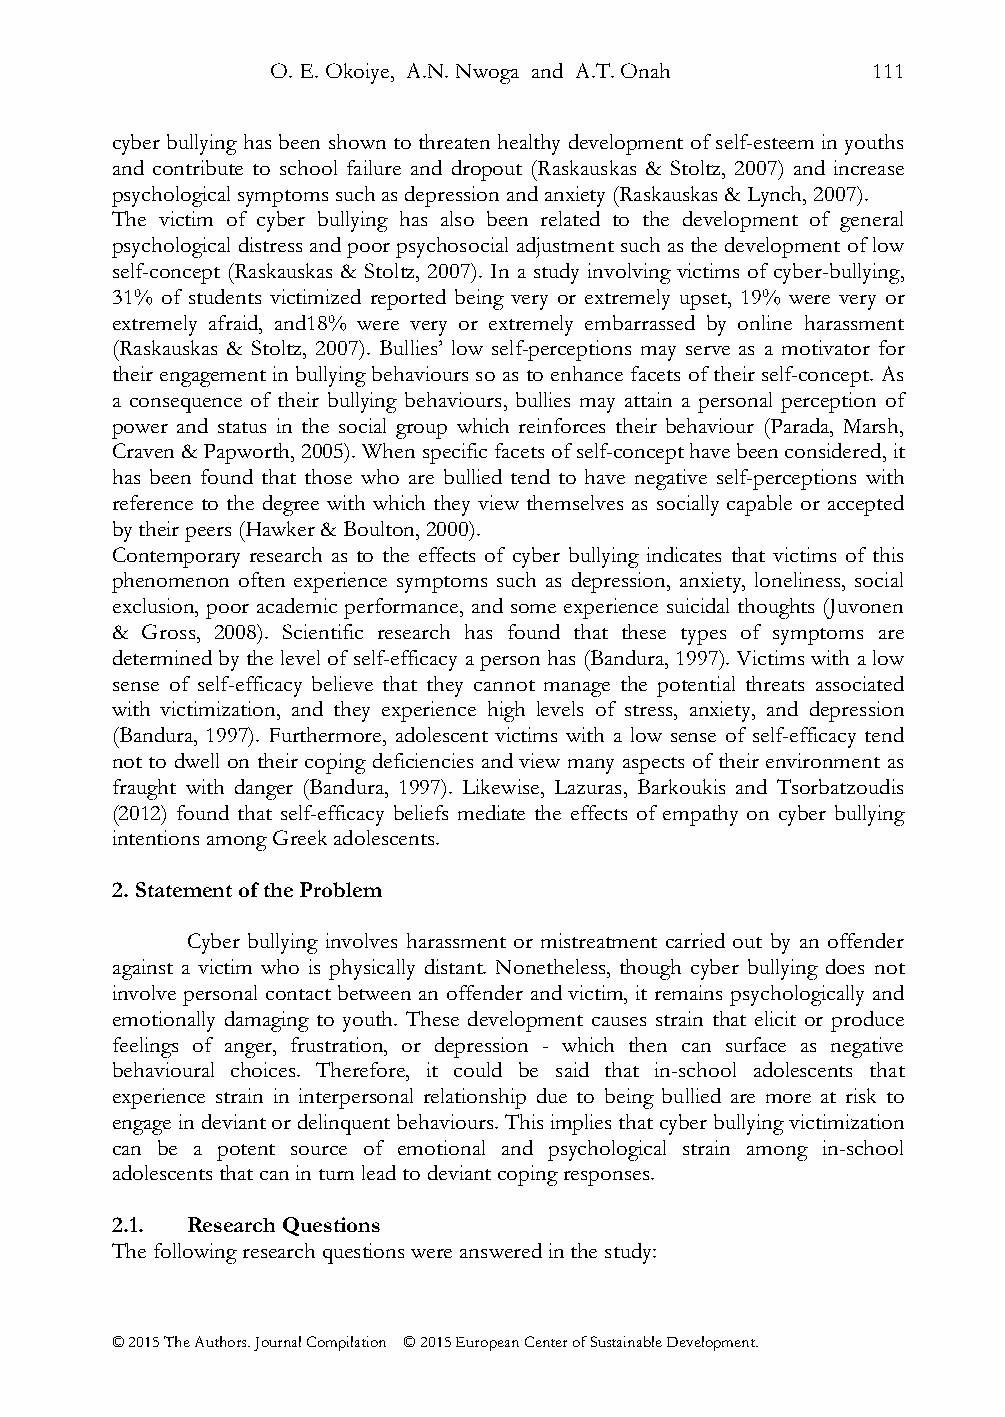
O. E. Okoiye, A.N. Nwoga and A.T. Onah  111
 cyber bullying has been shown to threaten healthy development of self-esteem in youths
 and contribute to school failure and dropout (Raskauskas & Stoltz, 2007) and increase
 psychological symptoms such as depression and anxiety (Raskauskas & Lynch, 2007).
 The victim of cyber bullying has also been related to the development of general
 psychological distress and poor psychosocial adjustment such as the development of low
 self-concept (Raskauskas & Stoltz, 2007). In a study involving victims of cyber-bullying,
 31% of students victimized reported being very or extremely upset, 19% were very or
 extremely afraid, and18% were very or extremely embarrassed by online harassment
 (Raskauskas & Stoltz, 2007). Bullies’ low self-perceptions may serve as a motivator for
 their engagement in bullying behaviours so as to enhance facets of their self-concept. As
 a consequence of their bullying behaviours, bullies may attain a personal perception of
 power and status in the social group which reinforces their behaviour (Parada, Marsh,
 Craven & Papworth, 2005). When specific facets of self-concept have been considered, it
 has been found that those who are bullied tend to have negative self-perceptions with
 reference to the degree with which they view themselves as socially capable or accepted
 by their peers (Hawker & Boulton, 2000).
 Contemporary research as to the effects of cyber bullying indicates that victims of this
 phenomenon often experience symptoms such as depression, anxiety, loneliness, social
 exclusion, poor academic performance, and some experience suicidal thoughts (Juvonen
 & Gross, 2008). Scientific research has found that these types of symptoms are
 determined by the level of self-efficacy a person has (Bandura, 1997). Victims with a low
 sense of self-efficacy believe that they cannot manage the potential threats associated
 with victimization, and they experience high levels of stress, anxiety, and depression
 (Bandura, 1997). Furthermore, adolescent victims with a low sense of self-efficacy tend
 not to dwell on their coping deficiencies and view many aspects of their environment as
 fraught with danger (Bandura, 1997). Likewise, Lazuras, Barkoukis and Tsorbatzoudis
 (2012) found that self-efficacy beliefs mediate the effects of empathy on cyber bullying
 intentions among Greek adolescents.
 2. Statement of the Problem
 Cyber bullying involves harassment or mistreatment carried out by an offender
 against a victim who is physically distant. Nonetheless, though cyber bullying does not
 involve personal contact between an offender and victim, it remains psychologically and
 emotionally damaging to youth. These development causes strain that elicit or produce
 feelings of anger, frustration, or depression - which then can surface as negative
 behavioural choices. Therefore, it could be said that in-school adolescents that
 experience strain in interpersonal relationship due to being bullied are more at risk to
 engage in deviant or delinquent behaviours. This implies that cyber bullying victimization
 can be a potent source of emotional and psychological strain among in-school
 adolescents that can in turn lead to deviant coping responses.
 2.1. Research Questions
 The following research questions were answered in the study:
 © 2015 The Authors. Journal Compilation © 2015 European Center of Sustainable Development.